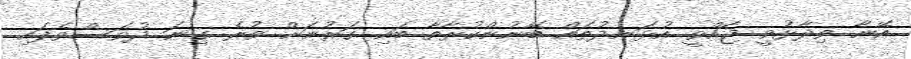
އޭނާ ވިދާޅުވީ ޖައްވީ އުޅަނދުތައް ބޭނުންކުރާތާ ބައި ގަރުނަށް ވުރެ ގިނަ ދުވަސްވެފައި